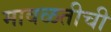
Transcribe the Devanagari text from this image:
मावळतीची